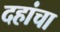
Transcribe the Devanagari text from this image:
दहांचा